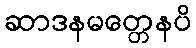
ဆာဒနမတ္တေနပိ